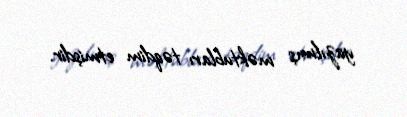
yazılmış məktubları təqdim etmişdir.